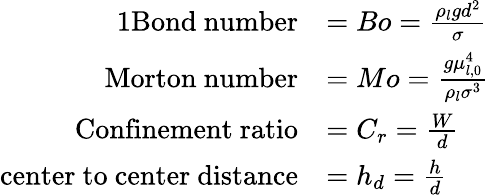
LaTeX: \begin{array}{rl}{{1}\mathrm{Bond~number}}&{=Bo=\frac{\rho_{l}gd^{2}}{\sigma}}\\ {\mathrm{Morton~number}}&{=Mo=\frac{g\mu_{l,0}^{4}}{\rho_{l}\sigma^{3}}}\\ {\mathrm{Confinement~ratio}}&{=C_{r}=\frac{W}{d}}\\ {\mathrm{center~to~center~distance}}&{=h_{d}=\frac{h}{d}}\end{array}